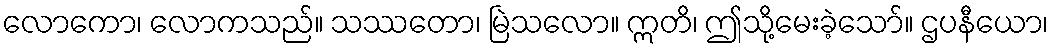
လောကော၊ လောကသည်။ သဿတော၊ မြဲသလော။ ဣတိ၊ ဤသို့မေးခဲ့သော်။ ဌပနီယော၊